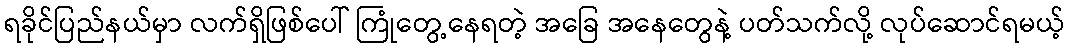
ရခိုင်ပြည်နယ်မှာ လက်ရှိဖြစ်ပေါ် ကြုံတွေ့နေရတဲ့ အခြေ အနေတွေနဲ့ ပတ်သက်လို့ လုပ်ဆောင်ရမယ့်